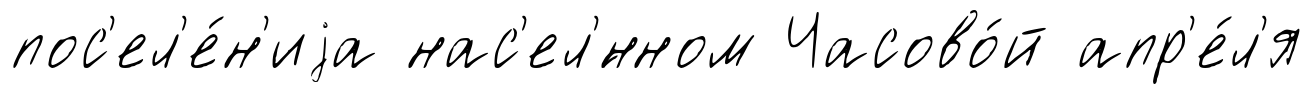
пос'ел'е́н'иjа нас'ел'́нном Часово́й апр'е́л'я